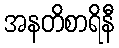
အနတိစာရိနီ